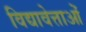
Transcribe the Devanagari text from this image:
विद्यावेत्ताओं